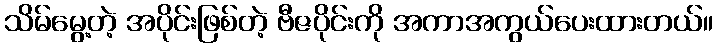
သိမ်မွေ့တဲ့ အပိုင်းဖြစ်တဲ့ ဗီဇပိုင်းကို အကာအကွယ်ပေးထားတယ်။